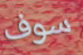
سوف